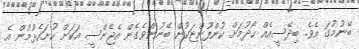
ބޭނުމުގަ އެވެ. ބިދޭސީއެއް ހޯދުމަށް ކުންފުންޏަކުން ބޭނުންވެގެން އެޖެންސީ އަކަށް ހުށަހެޅުމުން އެ